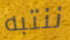
ننتبه